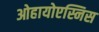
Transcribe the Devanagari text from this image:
ओहायोएस्निस